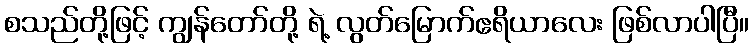
စသည်တို့ဖြင့် ကျွန်တော်တို့ ရဲ့ လွတ်မြောက်ဧရိယာလေး ဖြစ်လာပါပြီ။